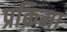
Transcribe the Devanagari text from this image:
प्रक्रिमा